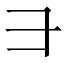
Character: ⺕